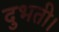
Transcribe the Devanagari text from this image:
दुभती।